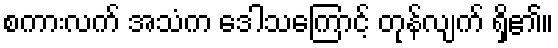
စကားလက် အသံက ဒေါသကြောင့် တုန်လျက် ရှိ၏။